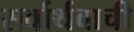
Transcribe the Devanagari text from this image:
सर्वार्थवाची